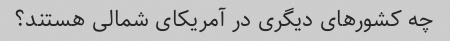
چه کشورهای دیگری در آمریکای شمالی هستند؟